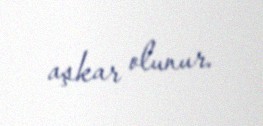
aşkar olunur.